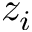
z _ { i }